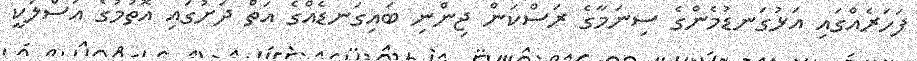
ފަހަރެއްގައި އަޅުގަނޑުމެންގެ ސިނަމާގެ ރަސްކަން ޖިންނި ބައިގަނޑެއްގެ އަތް ދަށުގައި އޮތުމުގެ އަސްލަކީ